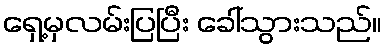
ရှေ့မှလမ်းပြပြီး ခေါ်သွားသည်။